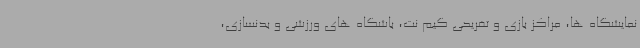
نمایشگاه ها، مراکز بازی و تفریحی گیم نت، باشگاه های ورزشی و بدنسازی،